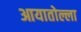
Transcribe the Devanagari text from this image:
आयातोल्ला